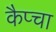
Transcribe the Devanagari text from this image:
कैप्चा